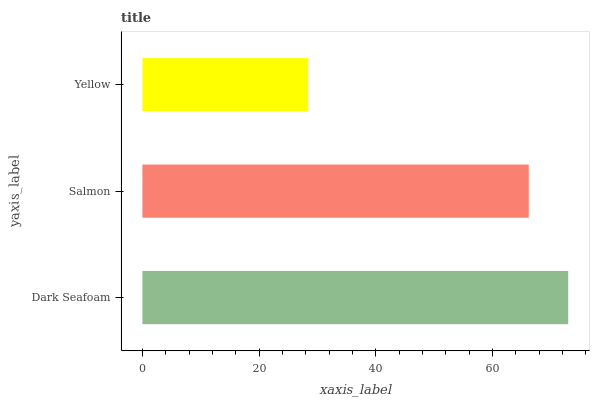
| yaxis_label | bars |
 | --- | --- |
 | Dark Seafoam | 73 |
 | Salmon | 66.2 |
 | Yellow | 28.4 |